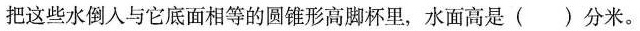
把这些水倒入与它底面相等的圆锥形高脚杯里，水面高是( )分米。